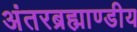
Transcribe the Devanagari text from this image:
अंतरब्रह्माण्डीय